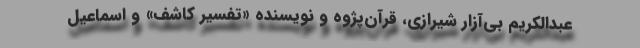
عبدالکریم بی‌آزار شیرازی، قرآن‌پژوه و نویسنده «تفسیر کاشف» و اسماعیل